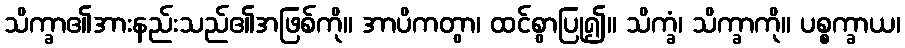
သိက္ခာ၏အားနည်းသည်၏အဖြစ်ကို။ အာပိကတွာ၊ ထင်စွာပြု၍။ သိက္ခံ၊ သိက္ခာကို။ ပစ္စက္ခာယ၊